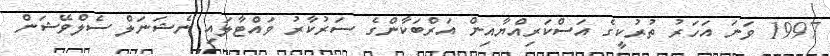
1997 ވަނަ އަހަރު ތުރުކީގެ އަސްކަރިއްޔާއިން އަރްބަކާންގެ ސަރުކާރު ވައްޓާލައި ނެޝަނަލް ސެލްވޭޝަން